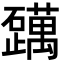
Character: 𬒪